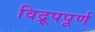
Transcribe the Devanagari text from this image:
विद्रूपपूर्ण